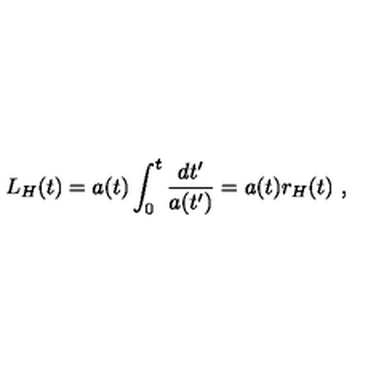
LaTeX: L _ { H } ( t ) = a ( t ) \int _ { 0 } ^ { t } \frac { d t ^ { \prime } } { a ( t ^ { \prime } ) } = a ( t ) r _ { H } ( t ) \ ,